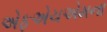
એફએચએમના